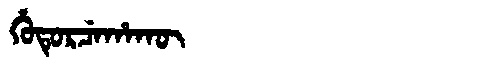
Manchu: ᡥᡠᡨᡠᡵᠴᡝᡥᠠᡴᡡ
Romanization: HUTURCEHAKŪ